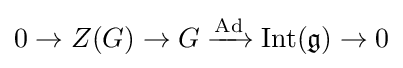
0\to Z(G)\to G\xrightarrow {\operatorname {Ad} } \operatorname {Int} ({\mathfrak {g}})\to 0